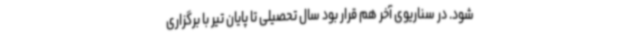
شود. در سناریوی آخر هم قرار بود‌ سال تحصیلی تا پایان تیر با برگزاری